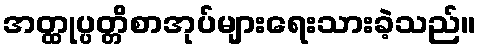
အတ္ထုပ္ပတ္တိစာအုပ်များရေးသားခဲ့သည်။